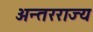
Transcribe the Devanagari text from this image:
अन्तरराज्य